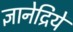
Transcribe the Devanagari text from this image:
ज्ञानेद्रियें